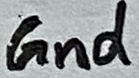
Text: Gnd